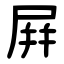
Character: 屛